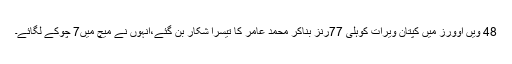
48 ویں اوورز میں کپتان ویرات کوہلی 77رنز بناکر محمد عامر کا تیسرا شکار بن گئے،انہوں نے میچ میں7 چوکے لگائے۔